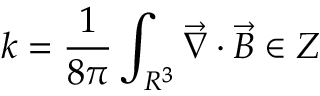
k = \frac { 1 } { 8 \pi } \int _ { R ^ { 3 } } \vec { \nabla } \cdot \vec { B } \in Z